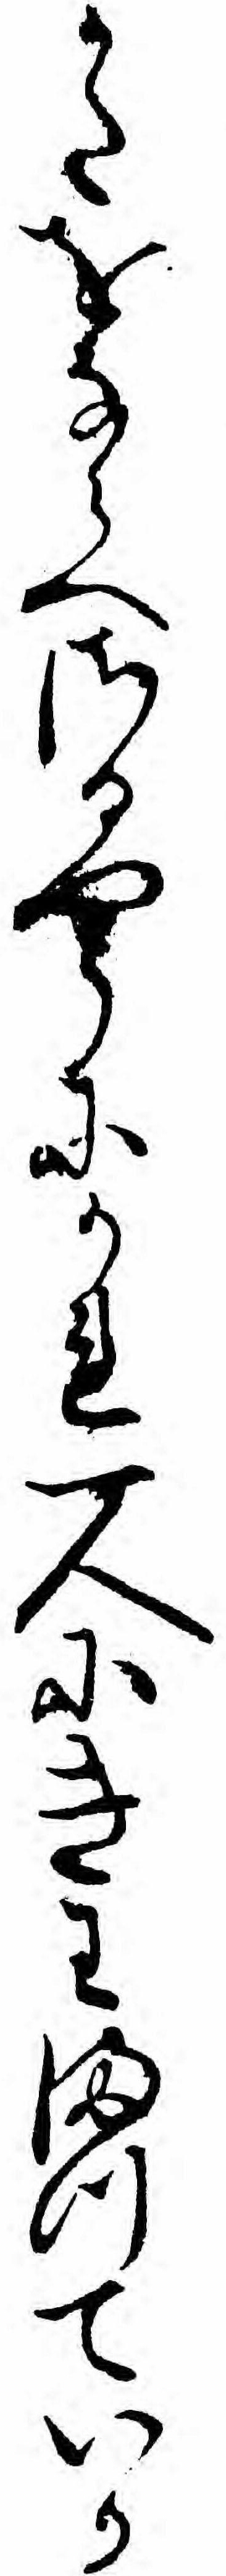
かたをならへさるやうにかれ一人にきわまつていか